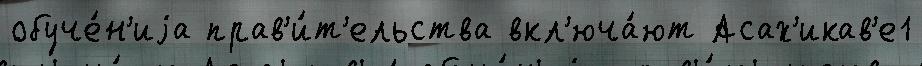
обуче́н'иjа прав'и́т'ельства вкл'юча́ют Асах'икав'е1